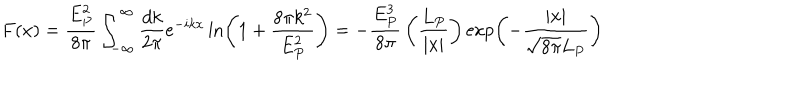
F ( x ) = { \frac { E _ { P } ^ { 2 } } { 8 \pi } } \int _ { - \infty } ^ { \infty } { \frac { d k } { 2 \pi } } e ^ { - i k x } \ln \left( 1 + { \frac { 8 \pi k ^ { 2 } } { E _ { P } ^ { 2 } } } \right) = - { \frac { E _ { P } ^ { 3 } } { 8 \pi } } \left( { \frac { L _ { P } } { | x | } } \right) \exp \left( - { \frac { | x | } { \sqrt { 8 \pi } L _ { P } } } \right)